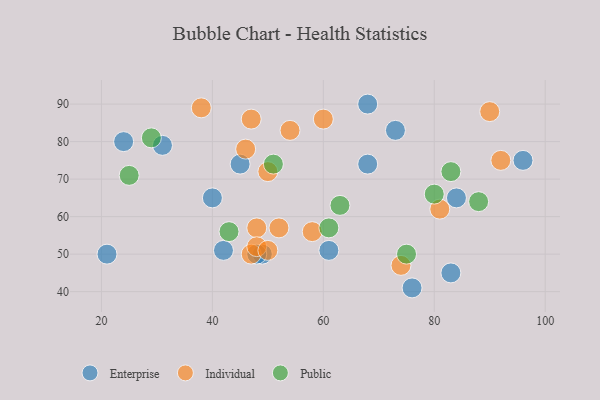
{"axis": {"x": "GDP", "y": "Life Expectancy"}, "legend": ["Enterprise", "Individual", "Public"], "data": [{"x": "45", "y": 74, "type": "Enterprise"}, {"x": "21", "y": 50, "type": "Enterprise"}, {"x": "76", "y": 41, "type": "Enterprise"}, {"x": "24", "y": 80, "type": "Enterprise"}, {"x": "49", "y": 50, "type": "Enterprise"}, {"x": "48", "y": 50, "type": "Enterprise"}, {"x": "42", "y": 51, "type": "Enterprise"}, {"x": "31", "y": 79, "type": "Enterprise"}, {"x": "61", "y": 51, "type": "Enterprise"}, {"x": "68", "y": 90, "type": "Enterprise"}, {"x": "40", "y": 65, "type": "Enterprise"}, {"x": "83", "y": 45, "type": "Enterprise"}, {"x": "84", "y": 65, "type": "Enterprise"}, {"x": "68", "y": 74, "type": "Enterprise"}, {"x": "96", "y": 75, "type": "Enterprise"}, {"x": "73", "y": 83, "type": "Enterprise"}, {"x": "50", "y": 72, "type": "Individual"}, {"x": "54", "y": 83, "type": "Individual"}, {"x": "38", "y": 89, "type": "Individual"}, {"x": "58", "y": 56, "type": "Individual"}, {"x": "48", "y": 57, "type": "Individual"}, {"x": "47", "y": 86, "type": "Individual"}, {"x": "60", "y": 86, "type": "Individual"}, {"x": "74", "y": 47, "type": "Individual"}, {"x": "52", "y": 57, "type": "Individual"}, {"x": "90", "y": 88, "type": "Individual"}, {"x": "47", "y": 50, "type": "Individual"}, {"x": "48", "y": 52, "type": "Individual"}, {"x": "50", "y": 51, "type": "Individual"}, {"x": "46", "y": 78, "type": "Individual"}, {"x": "92", "y": 75, "type": "Individual"}, {"x": "81", "y": 62, "type": "Individual"}, {"x": "75", "y": 50, "type": "Public"}, {"x": "88", "y": 64, "type": "Public"}, {"x": "80", "y": 66, "type": "Public"}, {"x": "25", "y": 71, "type": "Public"}, {"x": "83", "y": 72, "type": "Public"}, {"x": "63", "y": 63, "type": "Public"}, {"x": "51", "y": 74, "type": "Public"}, {"x": "29", "y": 81, "type": "Public"}, {"x": "43", "y": 56, "type": "Public"}, {"x": "61", "y": 57, "type": "Public"}]}